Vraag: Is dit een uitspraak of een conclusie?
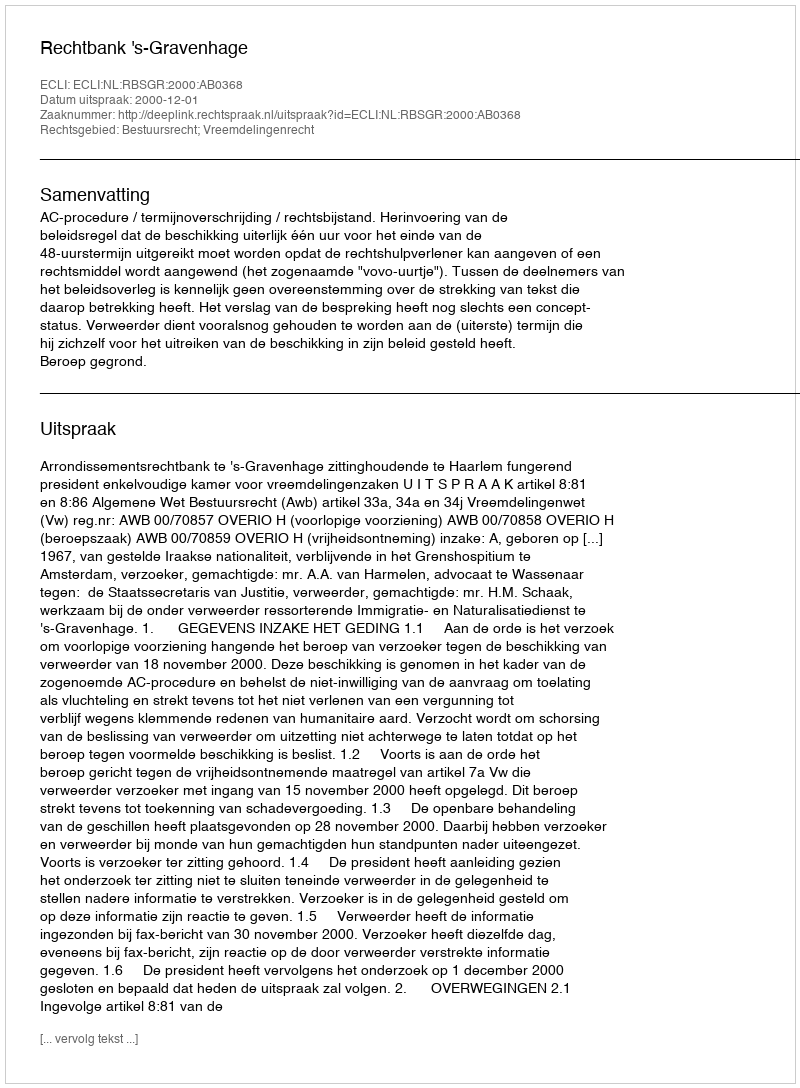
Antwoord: Uitspraak